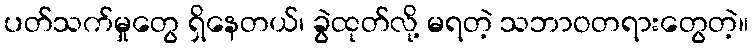
ပတ်သက်မှုတွေ ရှိနေတယ်၊ ခွဲထုတ်လို့ မရတဲ့ သဘာဝတရားတွေတဲ့။